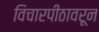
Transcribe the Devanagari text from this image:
विचारपीठावरून